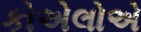
કોએલોએ